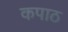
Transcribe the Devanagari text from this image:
कपाठ